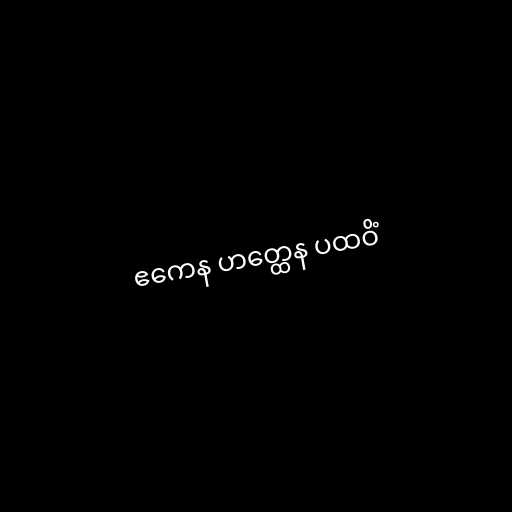
ဧကေန ဟတ္ထေန ပထဝိံ